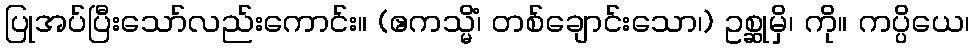
ပြုအပ်ပြီးသော်လည်းကောင်း။ (ဧကသ္မိံ၊ တစ်ချောင်းသော၊) ဥစ္ဆုမှိ၊ ကို။ ကပ္ပိယေ၊